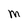
Character: M